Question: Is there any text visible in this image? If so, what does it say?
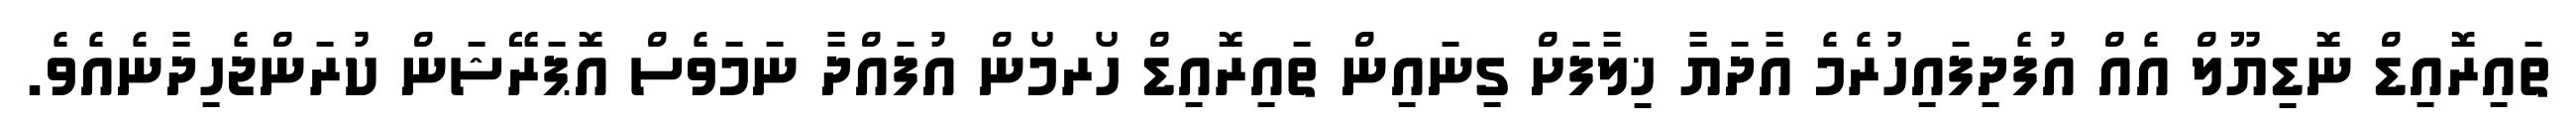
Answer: ތައިރޮއިޑް ނޮޑިޔޫލް އެއް އުފެދިފައިހުރެމެ އާދަޔާ ޚިލާފަށް ގިނައިން ތައިރޮއިޑް ހޯރމޯން އުފައްދާ ނަމަވެސް އޮޕަރޭޝަން ކުރަންޖެހިދާނެއެވެ.